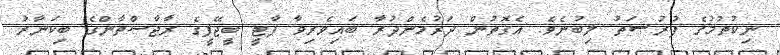
ނިކުތުމުގެ ފުރުޞަތު ލިބުނެވެ. އެގޮތުން ދަރުމެންދުރާ ބައިވެރިވާ ޕާޓީ ބީޖޭޕީގެ ރާޖާސްތާންގެ ބިކަނާރު